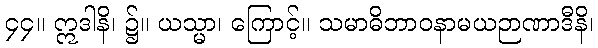
၄၄။ ဣဒါနိ၊ ၌။ ယသ္မာ၊ ကြောင့်။ သမာဓိဘာဝနာမယဉာဏာဒီနိ၊